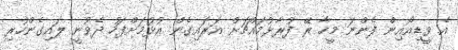
އެ ވީޑިއޯއިން ފެންނަ މީހާ ރޭ ފުރާޅުމައްޗަށް އަރައިގެން އުޅުމަށްފަހު ދެވުނީ ލައިގެންހުރި